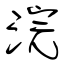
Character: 浣